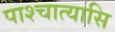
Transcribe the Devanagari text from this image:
पाश्चात्यासि